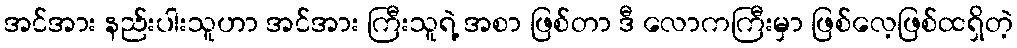
အင်အား နည်းပါးသူဟာ အင်အား ကြီးသူရဲ့ အစာ ဖြစ်တာ ဒီ လောကကြီးမှာ ဖြစ်လေ့ဖြစ်ထရှိတဲ့